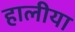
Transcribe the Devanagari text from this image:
हालीया